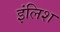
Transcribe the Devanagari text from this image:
इंलिश